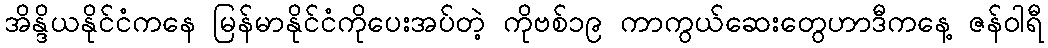
အိန္ဒိယနိုင်ငံကနေ မြန်မာနိုင်ငံကိုပေးအပ်တဲ့ ကိုဗစ်၁၉ ကာကွယ်ဆေးတွေဟာဒီကနေ့ ဇန်ဝါရီ